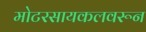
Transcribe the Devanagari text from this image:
मोटरसायकलवरून